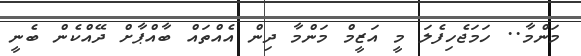
މަންމާ.. ހަމަޖެހިފެލަ މީ އަޒީމް މަންމާ ދިން އެއްތައް ބާއްޕާށް ދޭއްކެން ބެނީ